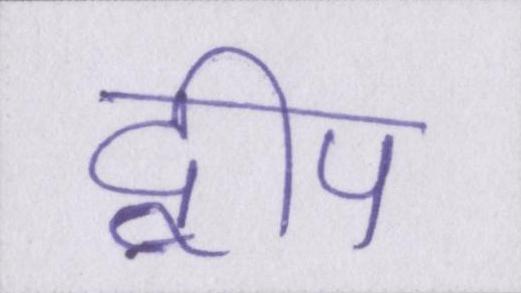
द्वीप